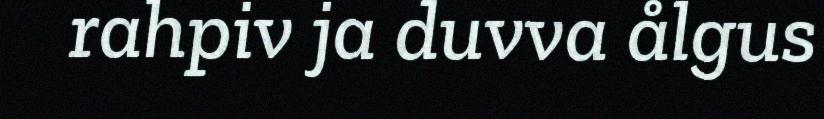
rahpiv ja duvva ålgus